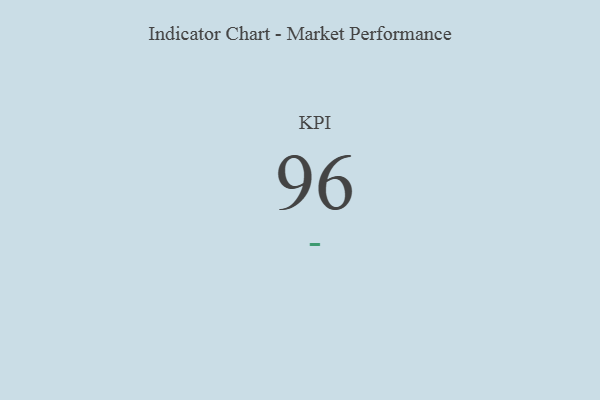
{"axis": {"x": "KPI", "y": "Value"}, "legend": [""], "data": [{"x": "KPI", "y": 96, "type": ""}]}